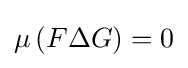
\mu \left(F\Delta G\right)=0